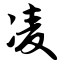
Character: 凌